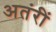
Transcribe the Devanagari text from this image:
अतंरीं